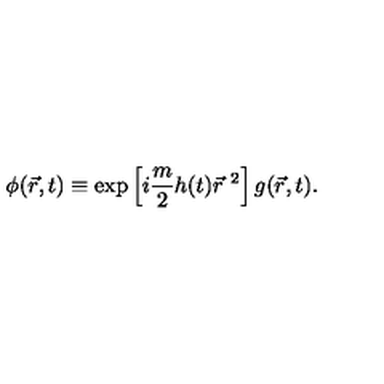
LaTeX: \phi ( \vec { r } , t ) \equiv \exp \left[ i \frac { m } { 2 } h ( t ) { \vec { r } } ^ { \ 2 } \right] g ( \vec { r } , t ) .